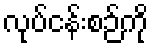
လုပ်ငန်းစဉ်ကို